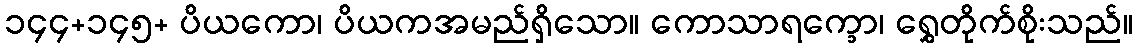
၁၄၄+၁၄၅+ ပိယကော၊ ပိယကအမည်ရှိသော။ ကောသာရက္ခော၊ ရွှေတိုက်စိုးသည်။